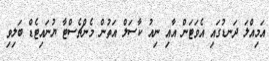
އަމިއްލަ ދަނޑުގައި އެވަޓަން އާއި ނިއު ކާސަލް އަތުން މެންޗެސްޓާ ޔުނައިޓެޑް ބަލިވި